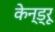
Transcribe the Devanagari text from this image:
केन्ड्रू